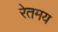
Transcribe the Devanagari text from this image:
रेतमय